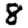
Digit: 8